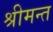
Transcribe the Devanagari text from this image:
श्रीमन्त